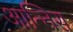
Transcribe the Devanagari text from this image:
आन्तिस